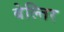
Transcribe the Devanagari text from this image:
बेल्तिर